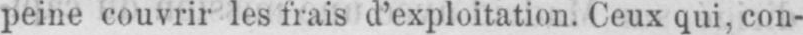
peine couvrir les frais d’exploitation. Ceux qui, con-